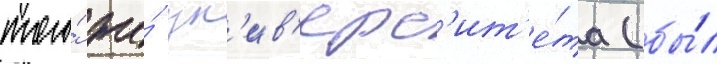
того́ же́ ун'ив'ерс'ит'е́та (бы́л